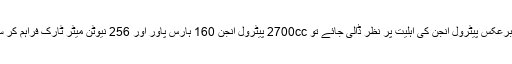
اس کے برعکس پیٹرول انجن کی اہلیت پر نظر ڈالی جائے تو 2700cc پیٹرول انجن 160 ہارس پاور اور 256 نیوٹن میٹر ٹارک فراہم کر سکتا ہے۔